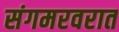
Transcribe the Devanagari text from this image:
संगमरवरात